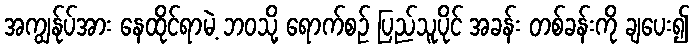
အကျွန်ုပ်အား နေထိုင်ရာမဲ့ ဘဝသို့ ရောက်စဉ် ပြည်သူပိုင် အခန်း တစ်ခန်းကို ချပေး၍